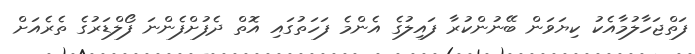
ފަތްޖަހާލުމާއެކު ކިޔަވަން ބޭނުންކުރާ ފައިލުގެ އެންމެ ފަހަތުގައި އޮތް ދެފުށްފެންނަ ފޯލްޑަރުގެ ތެރެއަށް